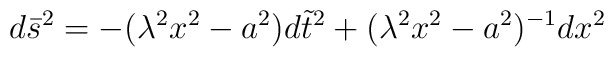
d\bar{s}^{2}=-(\lambda ^{2}x^{2}-a^{2})d\tilde{t}^{2}+(\lambda^{2}x^{2}-a^{2})^{-1}dx^{2}